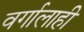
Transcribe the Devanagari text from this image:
वर्गालाही